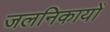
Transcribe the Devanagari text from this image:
जलनिकायों